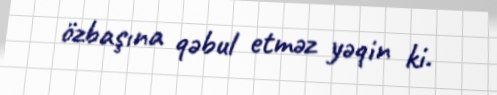
özbaşına qəbul etməz yəqin ki.